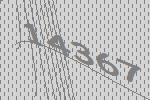
14367